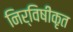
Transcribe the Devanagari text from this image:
निर्विषीकृत